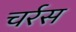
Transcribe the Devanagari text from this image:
चर्रस